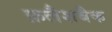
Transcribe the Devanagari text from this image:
फ़लैशबैक